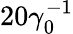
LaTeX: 20\gamma_{0}^{-1}